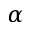
\alpha